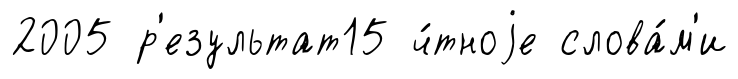
2005 р'езультат15 ч́тноjе слова́м'и